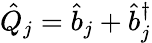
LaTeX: \hat{Q}_{j}=\hat{b}_{j}+\hat{b}_{j}^{\dagger}